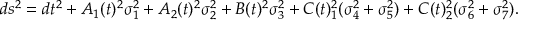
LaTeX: d s ^ { 2 } = d t ^ { 2 } + A _ { 1 } ( t ) ^ { 2 } \sigma _ { 1 } ^ { 2 } + A _ { 2 } ( t ) ^ { 2 } \sigma _ { 2 } ^ { 2 } + B ( t ) ^ { 2 } \sigma _ { 3 } ^ { 2 } + C ( t ) _ { 1 } ^ { 2 } ( \sigma _ { 4 } ^ { 2 } + \sigma _ { 5 } ^ { 2 } ) + C ( t ) _ { 2 } ^ { 2 } ( \sigma _ { 6 } ^ { 2 } + \sigma _ { 7 } ^ { 2 } ) .